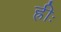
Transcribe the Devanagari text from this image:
ह्रीः